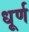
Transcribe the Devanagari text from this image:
धूर्ण